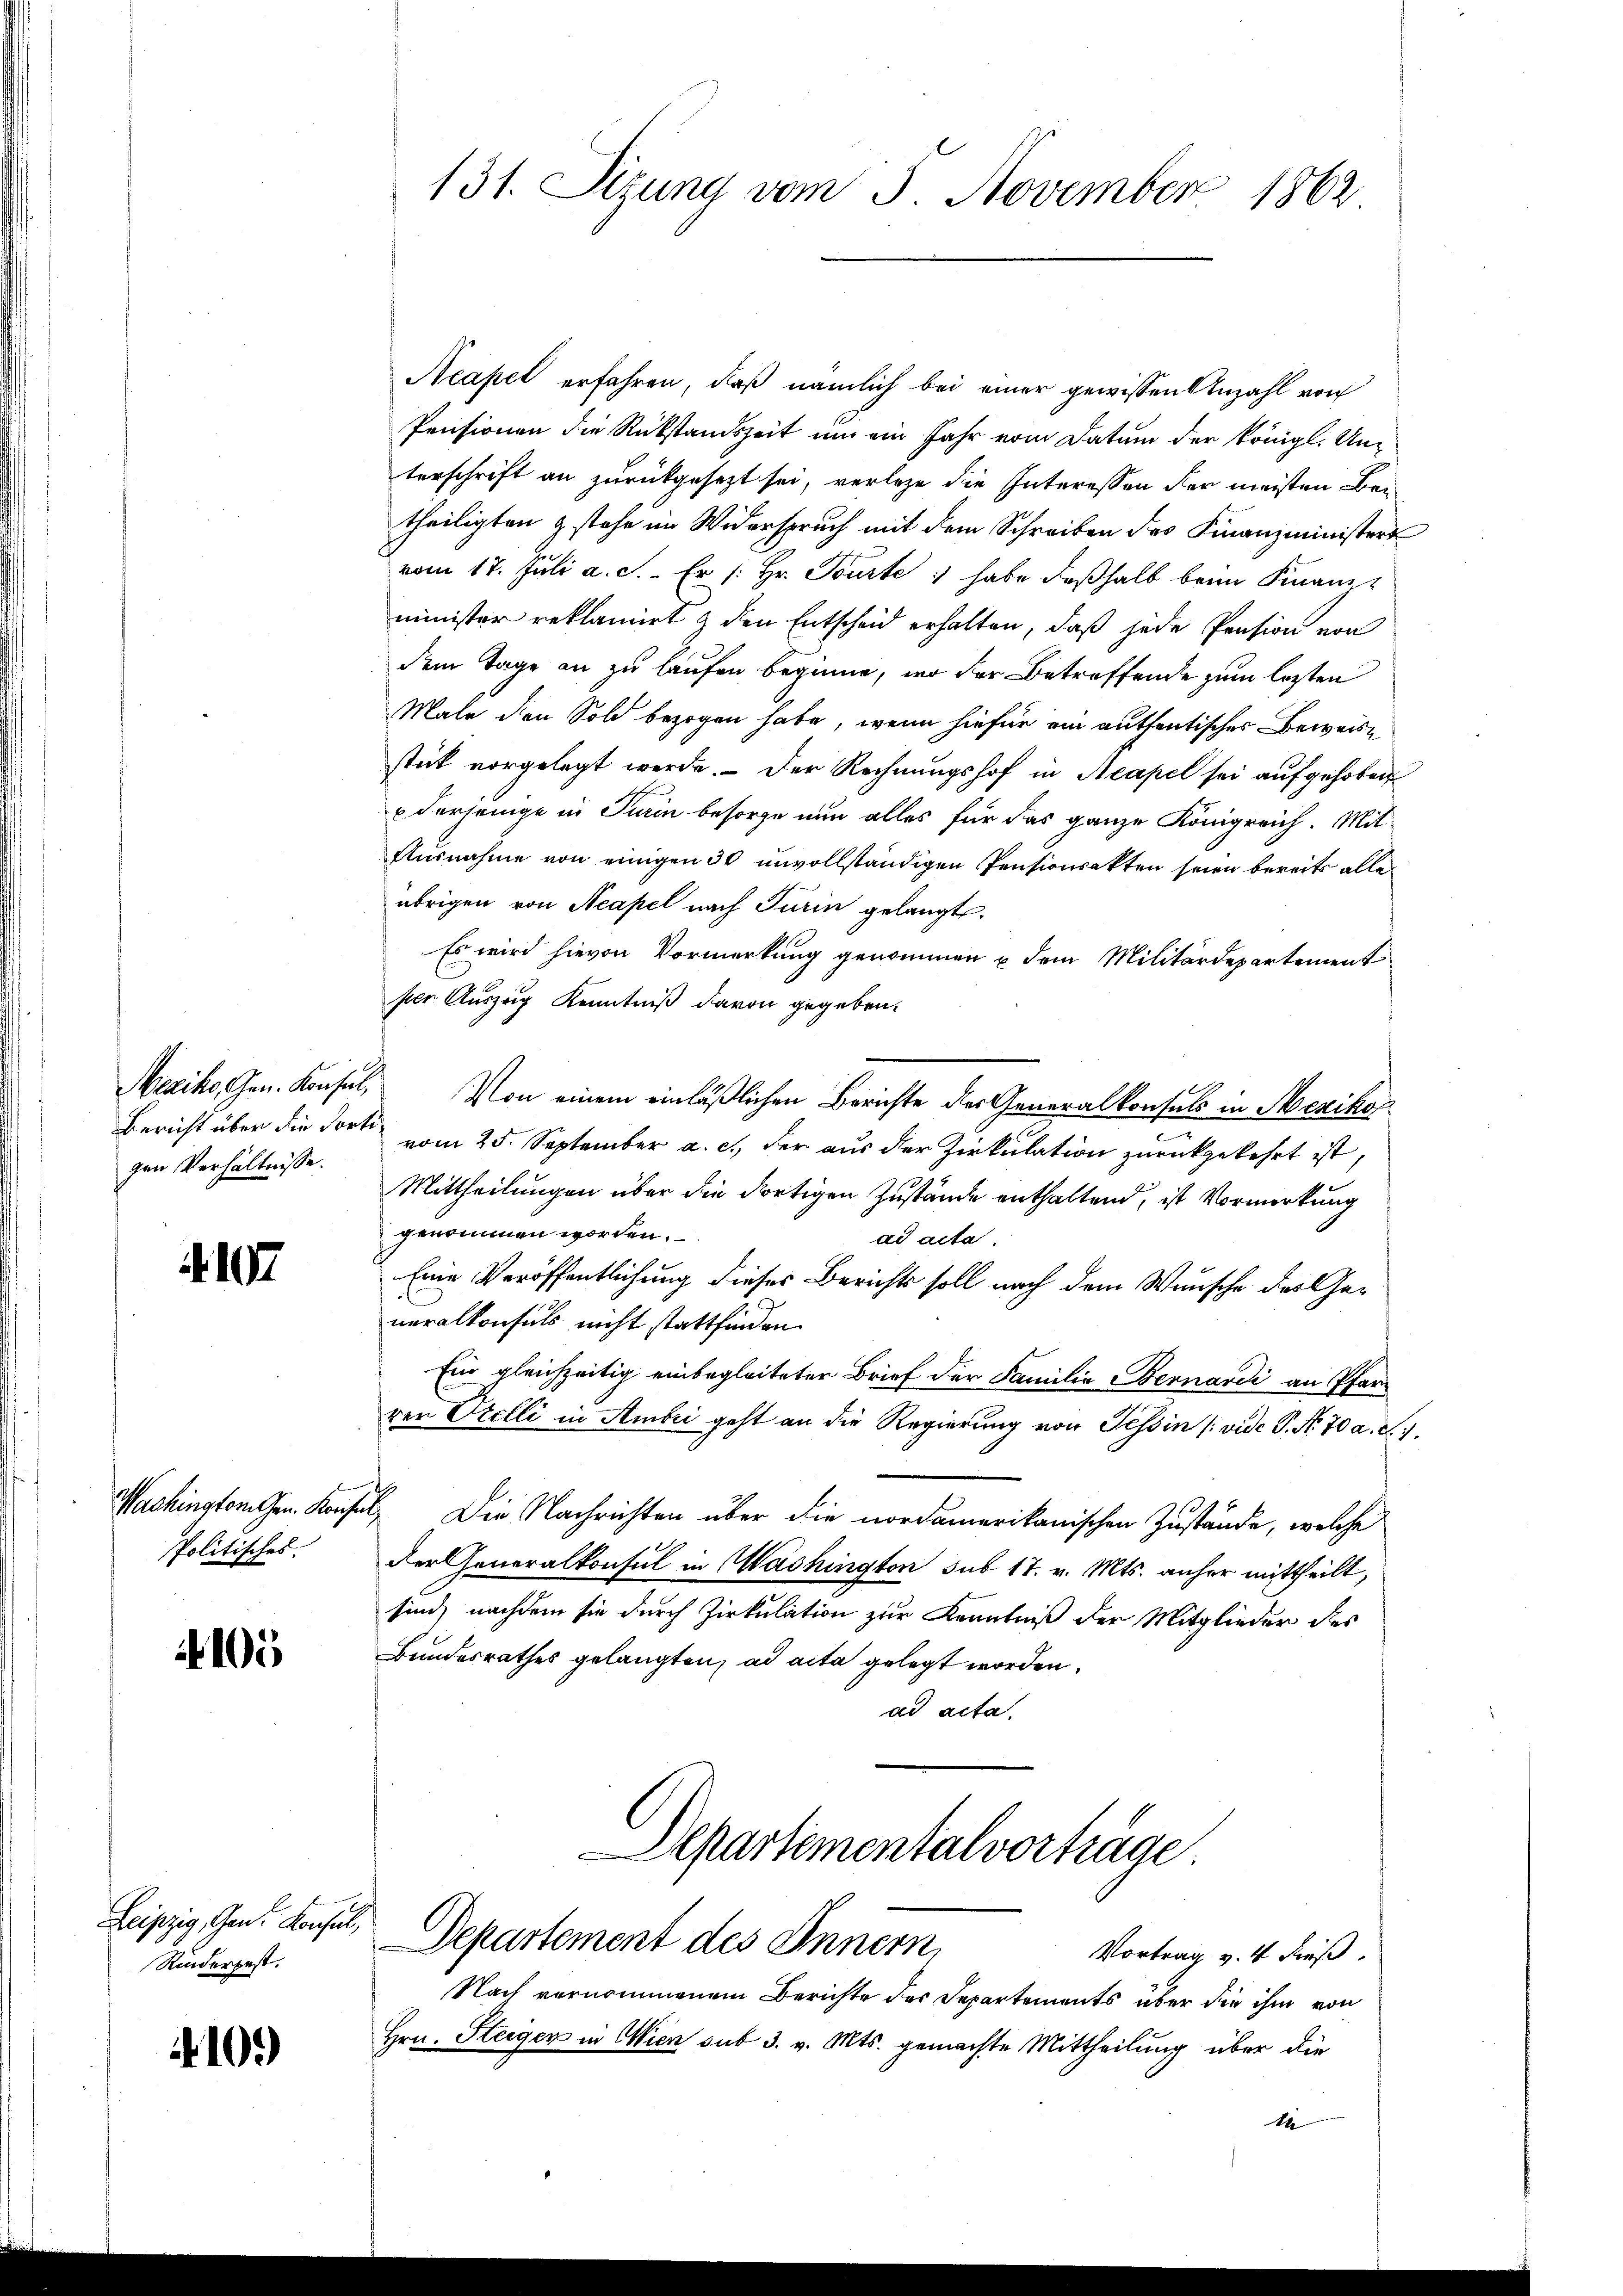
Mesiko Gen. Konsul,
Bericht über die dort.
gen Verhältnisse.

107

Wachington Gen. Konfe
Politisches.

105

Leipzig, Gen. Konsul,
Rinderpest.

10.)

131. Sitzung vom 5. November 1862

Neapel erfahren, daß nämlich bei einer gewissen Anzahl von
Pensionen die Rückstandszeit um ein Jahr vom Datum der königl. Un-
terschrift an zurükgesetzt sei, verlege die Interessen der meisten Bentheiligten & stehe im Widerspruch mit dem Schreiben des Finanzministert
vom 17. Jŭli a. c. Er /: Hr. Tourte: habe deβhalb beim Finanz-
minister reklamirt & den Entscheid erhalten, daß jede Pension von
dem Tage an zu laufen beginne, wo der Betreffende zum lezten
Male den Sold bezogen habe, wenn hiefür ein authentischer Beweise
stick vorgelegt werde. Der Rechnungshof in Neapel sei aufgehoben
derjenige in Turin besorge nun alles für das ganze Königreich. Mit
Ausnahme von einigen 30 unvollständigen Pensionsakten seien bereits alle
übrigen von Neapel nach Turin gelangte.
Es wird hievon Vormerkung genommen u dem Militärdepartement
ser Auszug Kenntniß davon gegeben.
Von einem einläßlichen Berichte der Generalkonsuls in Mexikon
 vom 25. September a. c., der aus der Zirkulation zurückgekehrt ist,
Mittheilungen über die dortigen Zustände enthaltend, ist Vormerkung
genommen worden.
ad acta
Eine Veröffentlichung dieses Berichts soll nach dem Wunsche des Generalkonsuls nicht stattfinden
Ein gleichzeitig einbegleiteter Brief der Familia Bernardi an Pfarrer Orelli in Ambri geht an die Regierung von Tessin [vide P. Nr. 70 a. S. 1
6. Die Nachrichten über die nordamerikanischen Zustände, welche
Der Generalkonsul in Washington sub 17. v. Mts. anher mittheilt,
sind, nachdem sie durch Zirkulation zur Kenntniß der Mitglieder des
Bundesrathes gelangten, ad acta gelegt worden.
ad acta.
Departementalvorträge
Departement des Innern,
Vortrag v. 4. dieß.
Nach vernommenem Berichte der Separtements über die ihm von
Hrn. Steigen in Wien sub 3. v. Mts. gemachte Mittheilung über die
de